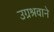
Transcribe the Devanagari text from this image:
उग्रश्रवाने